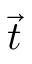
\vec { t }